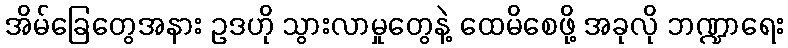
အိမ်ခြေတွေအနား ဥဒဟို သွားလာမှုတွေနဲ့ ထေမိစေဖို့ အခုလို ဘဏ္ဍာရေး